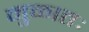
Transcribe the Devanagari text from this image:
मुळातः